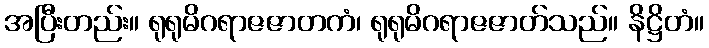
အပြီးတည်း။ ရုရုမိဂရာဇဇာတကံ၊ ရုရုမိဂရာဇဇာတ်သည်။ နိဋ္ဌိတံ။